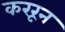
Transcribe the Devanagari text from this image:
कररून